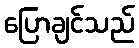
ပြောချင်သည်